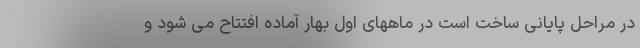
در مراحل پایانی ساخت است در ماههای اول بهار آماده افتتاح می شود و